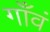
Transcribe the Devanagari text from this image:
गाँवं